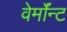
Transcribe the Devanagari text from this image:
वेर्माॅन्ट